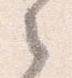
之